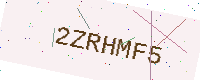
Text: 2ZRHMF5